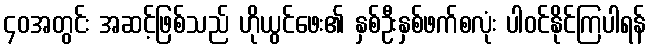
၄၀အတွင်း အဆင့်ဖြစ်သည် ဟိုယွင်ဖေး၏ နှစ်ဦးနှစ်ဖက်စလုံး ပါဝင်နိုင်ကြပါရန်